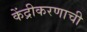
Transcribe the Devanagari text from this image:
केंद्रीकरणाची